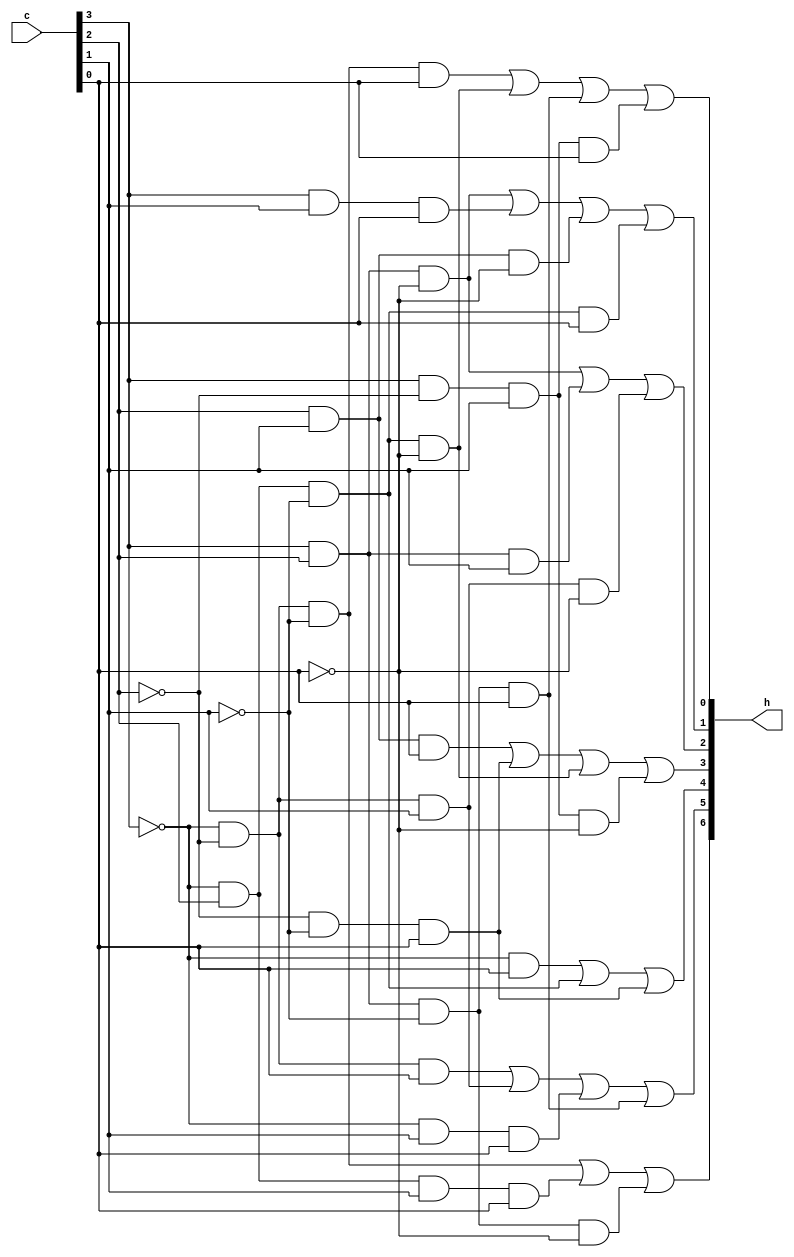
module hex_decoder(c, h);
    input [3:0] c;
    output [6:0] h;

    assign h[0] = ~c[3] & ~c[2] & ~c[1] & c[0] |
		~c[3] & c[2] & ~c[1] & ~c[0] |
		c[3] & c[2] & ~c[1] & c[0] |
		c[3] & ~c[2] & c[1] & c[0];

    assign h[1] = c[3] & c[2] & ~c[0] |
		c[3] & c[1] & c[0] |
		c[2] & c[1] & ~c[0] |
		~c[3] & c[2] & ~c[1] & c[0];

    assign h[2] = c[3] & c[2] & ~c[0] |
		c[3] & c[2] & c[1] |
		~c[3] & ~c[2] & c[1] & ~c[0];

    assign h[3] = c[2] & c[1] & c[0] |
		~c[2] & ~c[1] & c[0] |
		~c[3] & c[2] & ~c[1] & ~c[0] |
		c[3] & ~c[2] & c[1] & ~c[0];

    assign h[4] = ~c[3] & c[0] |
		~c[3] & c[2] & ~c[1] |
		~c[2] & ~c[1] & c[0];

    assign h[5] = ~c[3] & ~c[2] & c[0] |
		~c[3] & ~c[2] & c[1] |
		~c[3] & c[1] & c[0] |
		c[3] & c[2] & ~c[1] & c[0];

    assign h[6] = ~c[3] & ~c[2] & ~c[1] |
		~c[3] & c[2] & c[1] & c[0] |
		c[3] & c[2] & ~c[1] & ~c[0];

endmodule